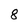
Character: 8